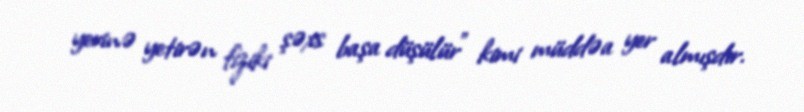
yerinə yetirən fiziki şəxs başa düşülür” kimi müddəa yer almışdır.